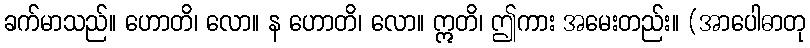
ခက်မာသည်။ ဟောတိ၊ လော။ န ဟောတိ၊ လော။ ဣတိ၊ ဤကား အမေးတည်း။ (အာပေါဓာတု